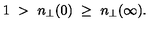
1 \ > \ n _ { \perp } ( 0 ) \ \ge \ n _ { \perp } ( \infty ) .